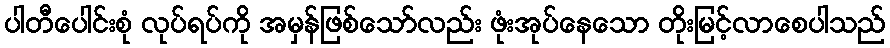
ပါတီပေါင်းစုံ လုပ်ရပ်ကို အမှန်ဖြစ်သော်လည်း ဖုံးအုပ်နေသော တိုးမြင့်လာစေပါသည်